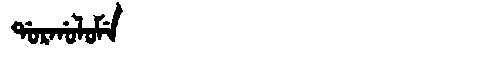
Manchu: ᡩᠣᡵᡤᠣᠯᠣᠮᡝ
Romanization: DORGOLOME